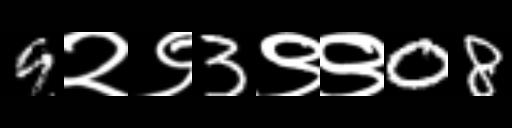
Text: 9२९3९९08